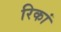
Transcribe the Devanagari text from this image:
रिकां